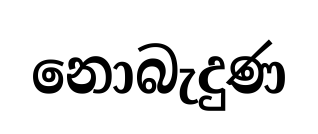
නොබැදුණ